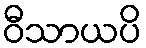
ဝီသာယပိ